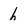
Character: h